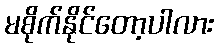
မစိုက်နိုင်တော့ပါလား